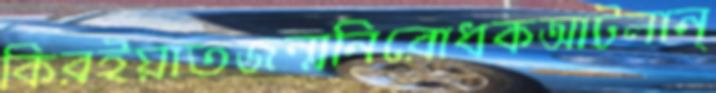
কিরইয়াতজন্মনিরোধকআটলান্